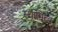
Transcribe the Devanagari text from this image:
स्थामित्व